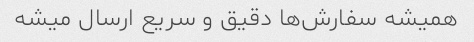
همیشه سفارش‌ها دقیق و سریع ارسال میشه